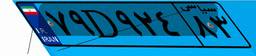
۷۹D۹۲۴۸۳